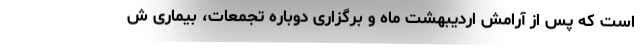
است که پس از آرامش اردیبهشت ماه و برگزاری دوباره تجمعات، بیماری ش